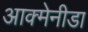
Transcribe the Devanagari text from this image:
आक्मेनीडा